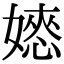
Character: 𡡌